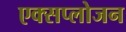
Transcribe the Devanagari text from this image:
एक्सप्लोजन